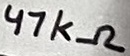
Text: 47kΩ